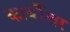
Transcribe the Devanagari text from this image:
कार्योत्तर